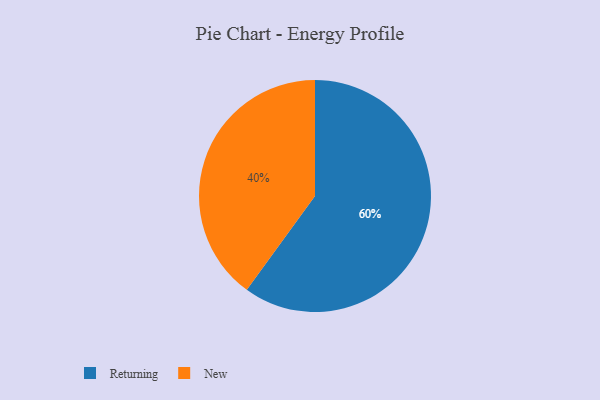
{"axis": {"x": "Category", "y": "Percentage"}, "legend": ["New", "Returning"], "data": [{"x": "New", "y": 40, "type": "New"}, {"x": "Returning", "y": 60, "type": "Returning"}]}